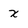
Character: x